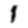
Digit: 1